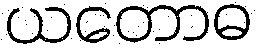
ယတောဓ